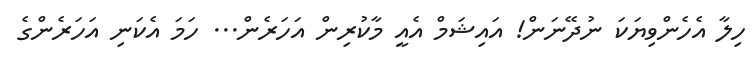
ހިލާ އެހެންވިޔަކަ ނުދޭނަން! އައިޝަމް އެއީ މާކުރިން އަހަރެން... ހަމަ އެކަނި އަހަރެންގެ